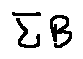
\sum B